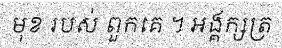
មុខ របស់ ពួកគេ ។ អង្គក្សត្រ